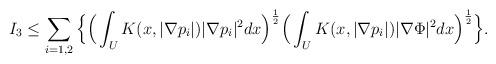
LaTeX: \begin{align*}I_3&\le \sum_{i=1,2} \Big\{ \Big(\int_U K(x,|\nabla p_i|)|\nabla p_i|^2 dx \Big)^\frac 12\Big(\int_U K(x,|\nabla p_i|)|\nabla \Phi|^2 dx \Big)^\frac 12\Big\}.\end{align*}